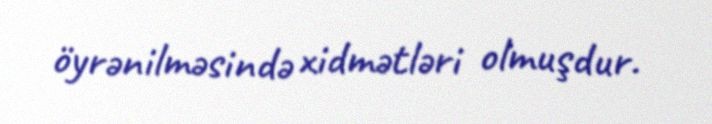
öyrənilməsində xidmətləri olmuşdur.